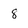
Character: 8